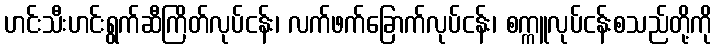
ဟင်းသီးဟင်းရွက်ဆီကြိတ်လုပ်ငန်း၊ လက်ဖက်ခြောက်လုပ်ငန်း၊ စက္ကူလုပ်ငန်းစသည်တို့ကို